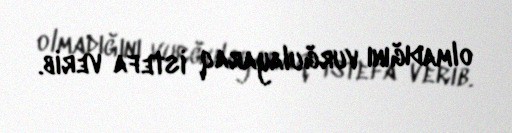
olmadığını vurğulayaraq istefa verib.